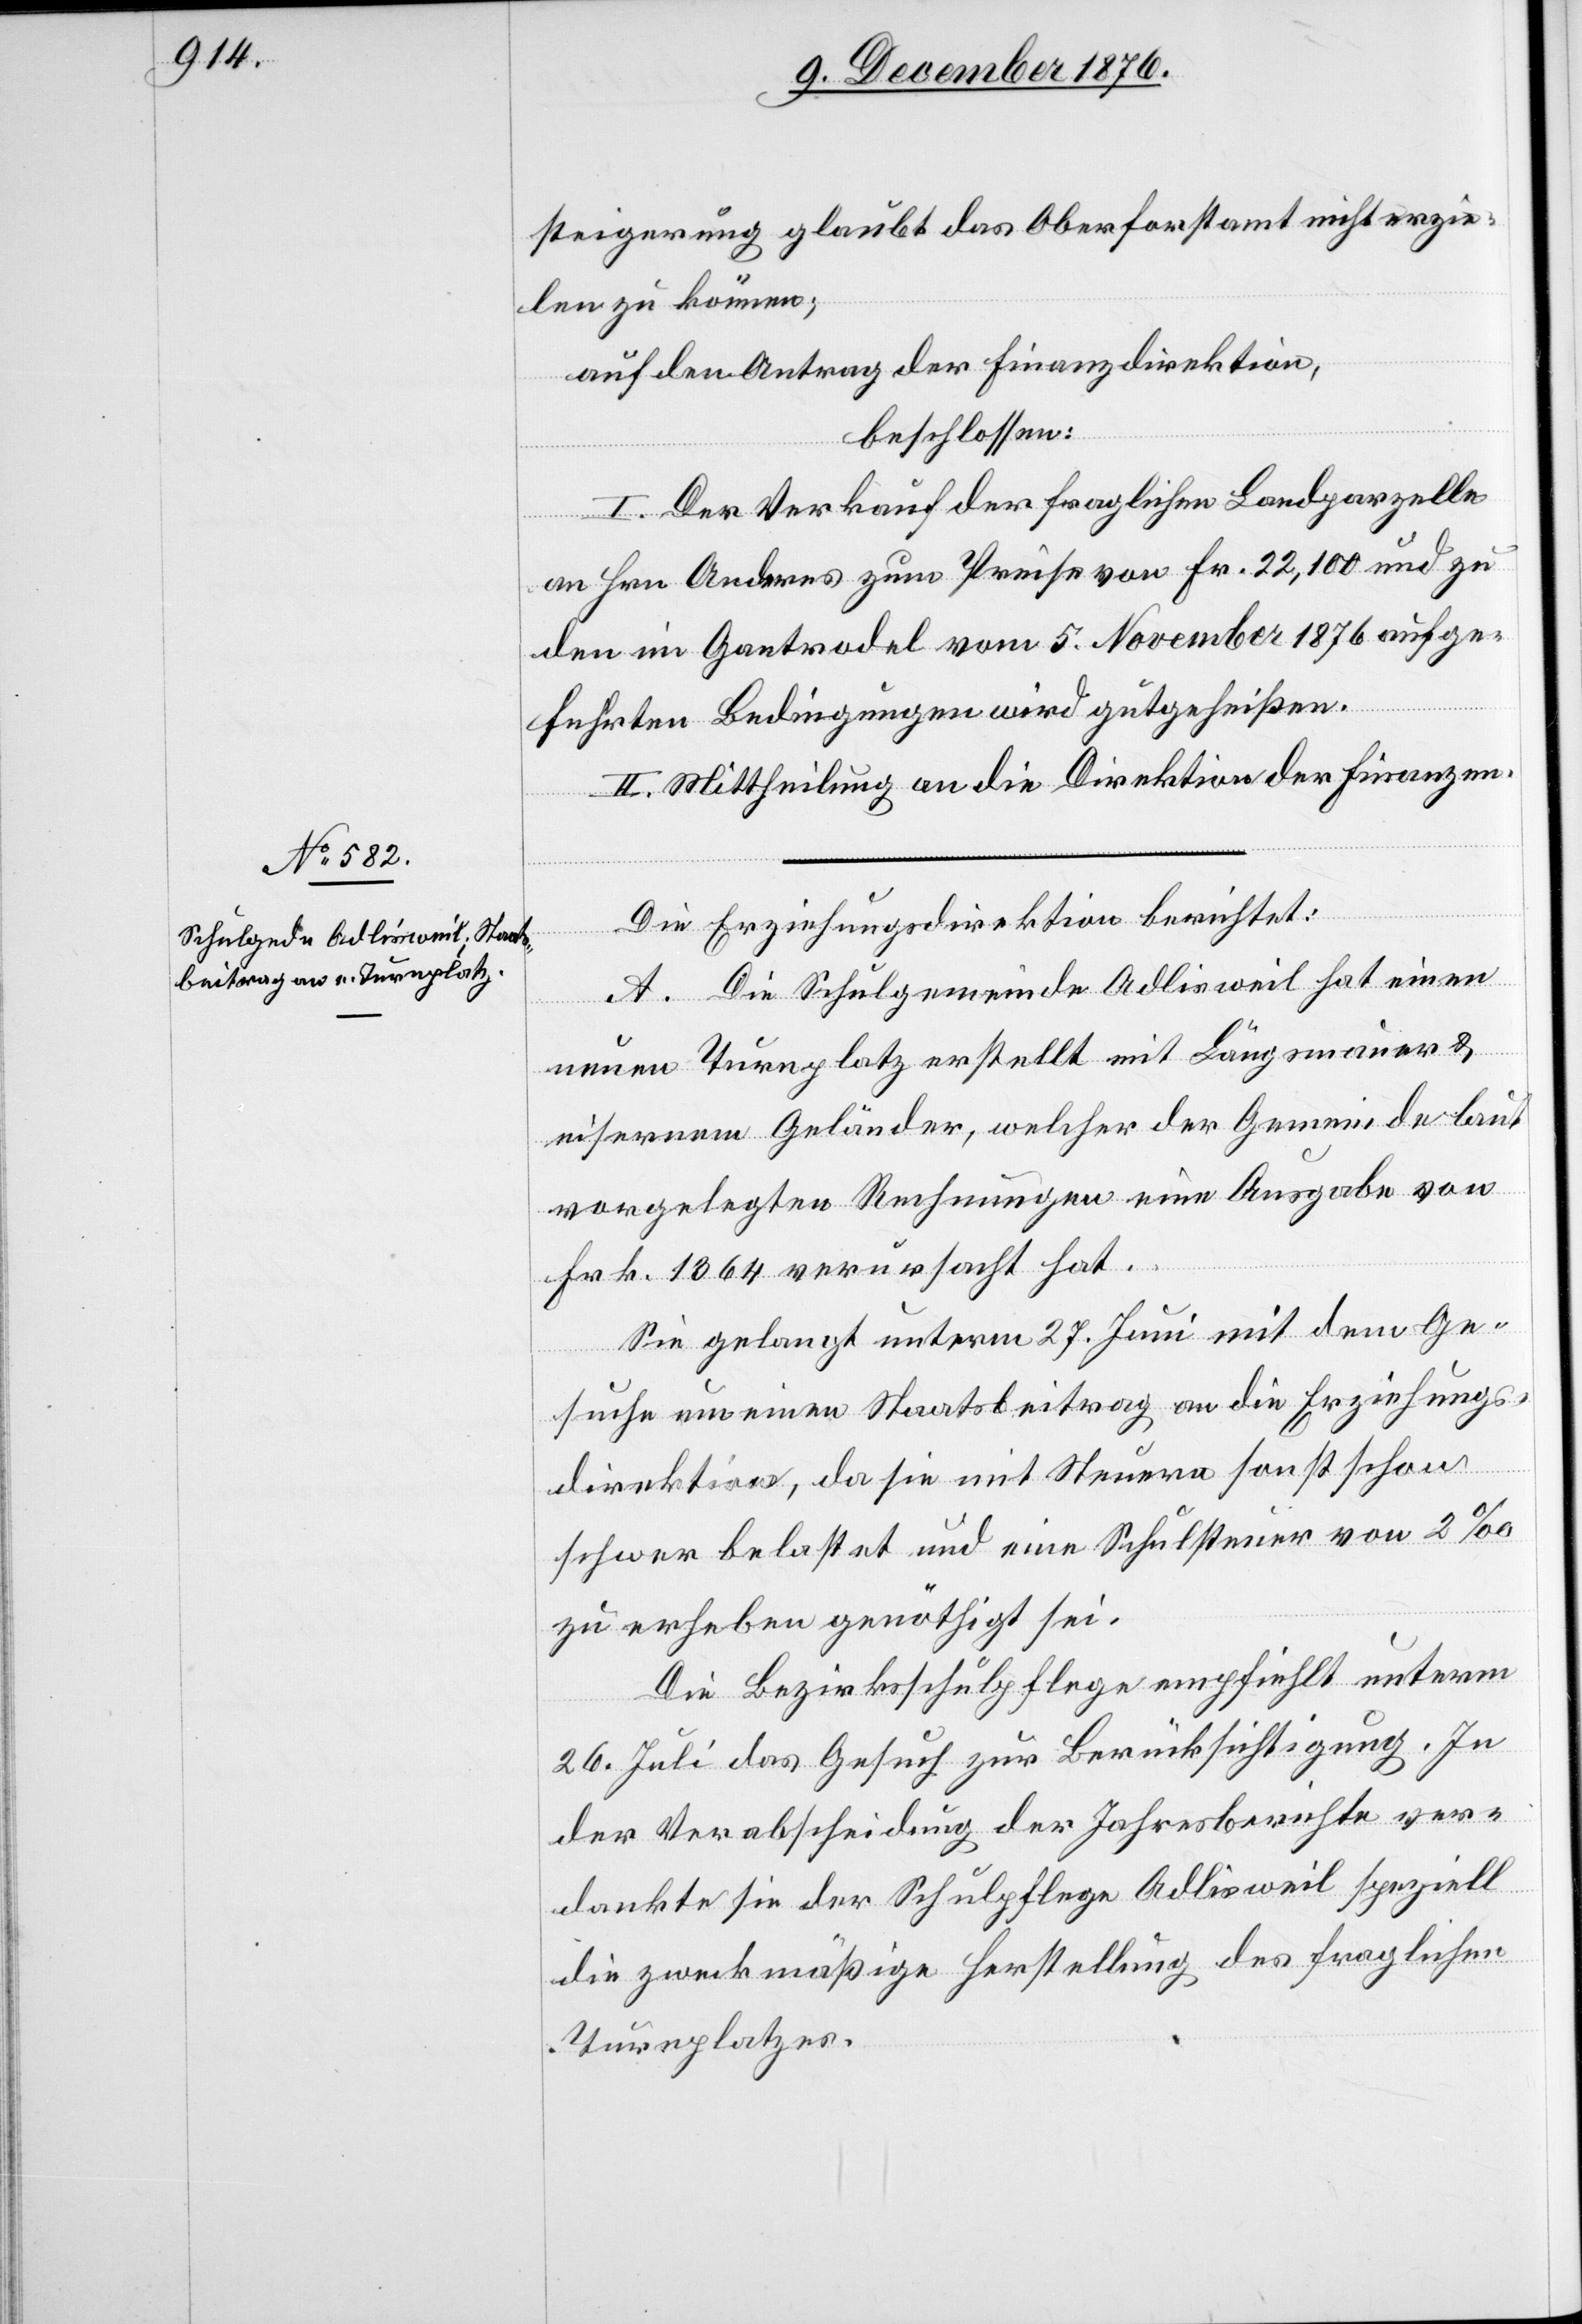
steigerung glaubt das Oberforstamt nicht erzie¬
len zu können;
auf den Antrag der Finanzdirektion,
beschlossen:
I. Der Verkauf der fraglichen Landparzelle
an Hrn. Anderes zum Preise von Fr. 22,100 und zu
den im Gantrodel vom 5. November 1876 aufgef¬
II. Mittheilung an die Direktion der Finanzen.
Die Erziehungsdirektion berichtet:
A. Die Schulgemeinde Adliswil hat einen
neuen Turnplatz erstellt mit Längsmauer &
eisernem Geländer, welcher der Gemeinde laut
vorgelegten Rechnungen eine Ausgabe von
Frk. 1464 verursacht hat.
Sie gelangt unterm 27. Juni mit dem Ge¬
eißen.
suche um einen Staatsbeitrag an die Erziehungs¬
gutgeh¬
direktion, da sie mit Steuern sonst schon
schwer belastet und eine Schulsteuer von 2‰
zu erheben genöthigt sei.
Die Bezirksschulpflege empfiehlt unterm
26. Juli das Gesuch zur Berücksichtigung. In
der Verabschiedung der Jahresberichte ver¬
dankte sie der Schulpflege Adlisweil speziell
die zweckmäßige Herstellung des fraglichen
Turnplatzes.